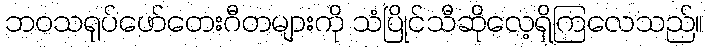
ဘဝသရုပ်ဖော်တေးဂီတများကို သံပြိုင်သီဆိုလေ့ရှိကြလေသည်။